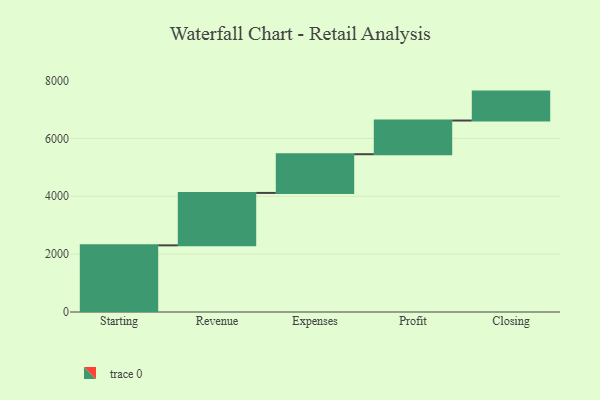
{"axis": {"x": "Step", "y": "Value"}, "legend": [""], "data": [{"x": "Starting", "y": 2304.0, "type": ""}, {"x": "Revenue", "y": 1812.0, "type": ""}, {"x": "Expenses", "y": 1338.0, "type": ""}, {"x": "Profit", "y": 1164.0, "type": ""}, {"x": "Closing", "y": 1000, "type": ""}]}